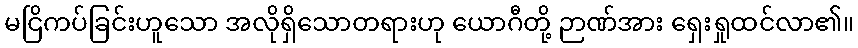
မငြိကပ်ခြင်းဟူသော အလိုရှိသောတရားဟု ယောဂီတို့ ဉာဏ်အား ရှေးရှုထင်လာ၏။